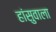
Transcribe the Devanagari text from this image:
हांसुवाला